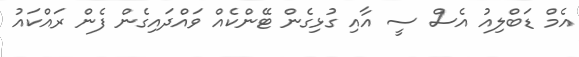
އެމް ޑަބްލިއު އެސް ސީ އާއި ގުޅިގެން ޓޭންކެއް ވައްދައިގެން ފެން ރައްކައު